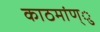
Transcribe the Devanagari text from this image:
काठमांण्ु